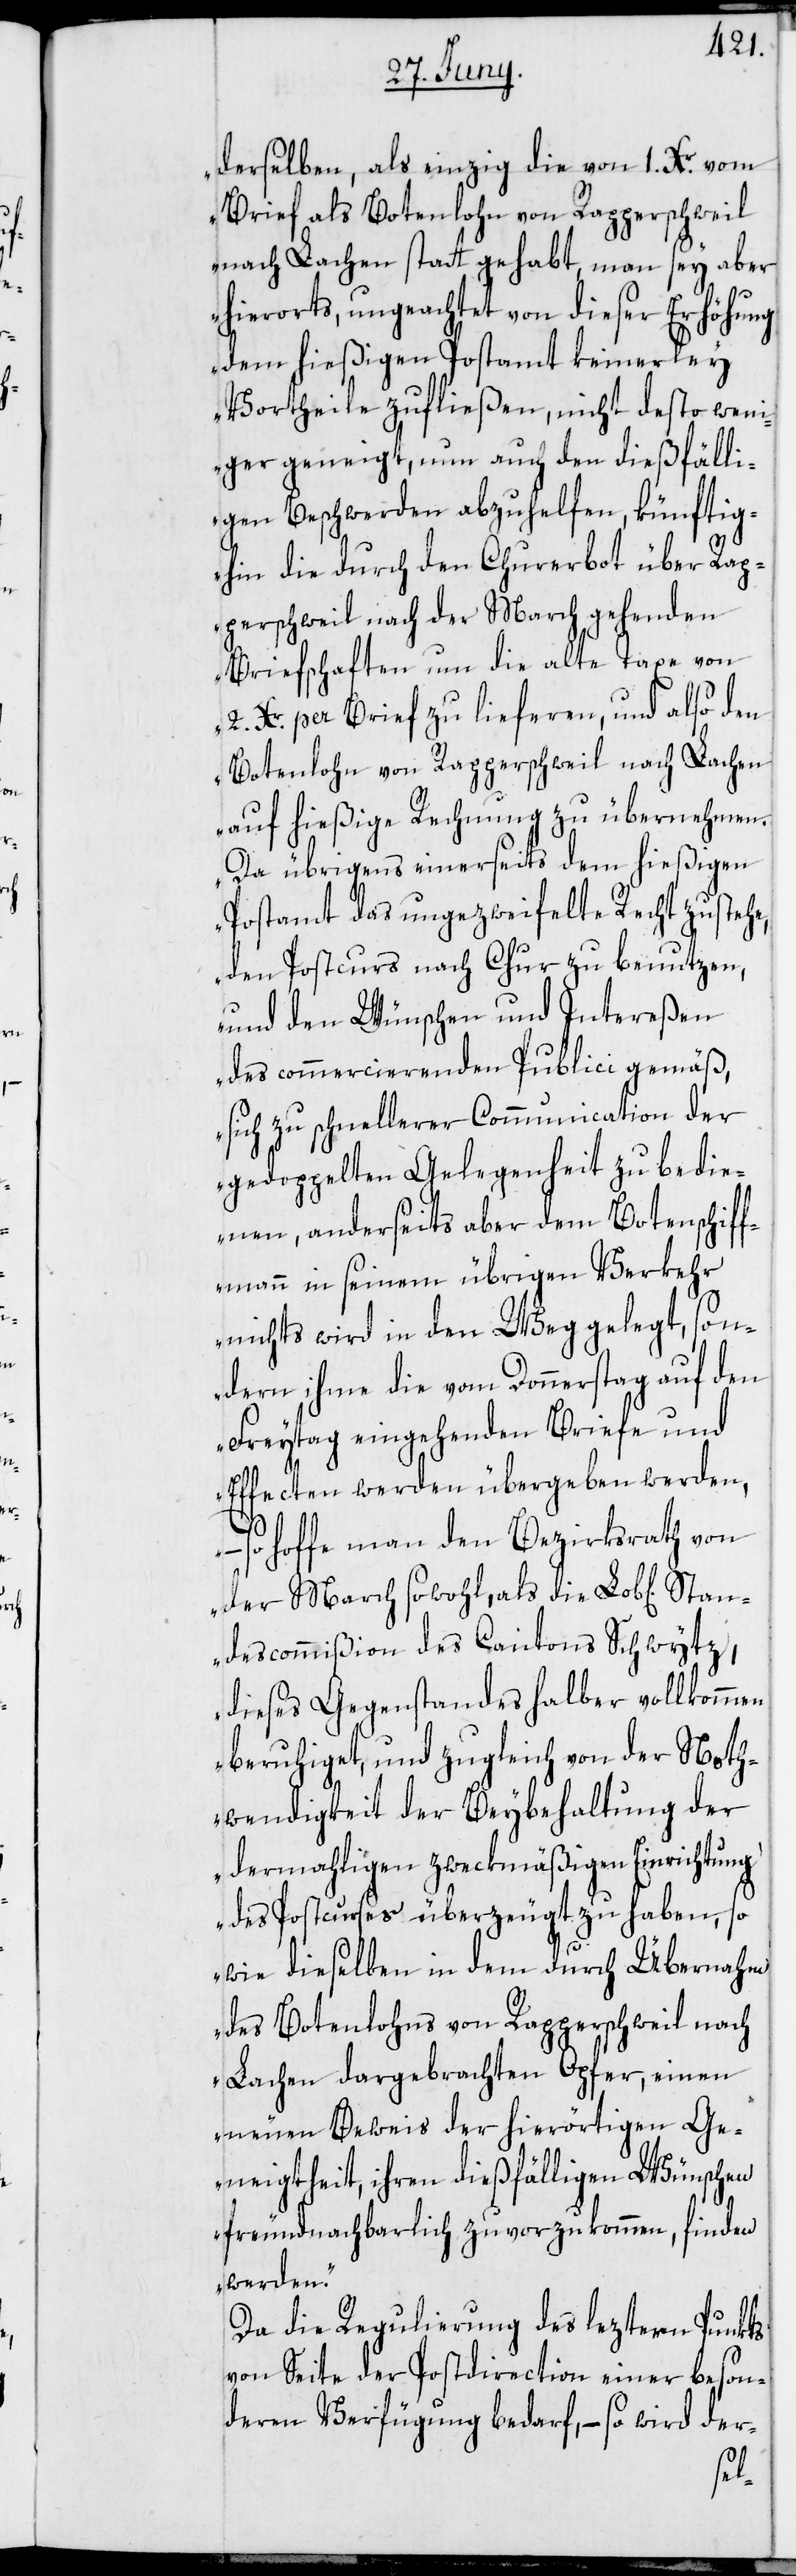
derselben, als einzig die von 1. Xr. vom
Brief als Botenlohn von Rapperschweil
nach Lachen statt gehabt, man sey aber
Sta¬
hierorts, ungeachtet von dieser Erhöhung
dem hießigen Postamt keinerley
Vortheile zufließen, nicht desto wen¬
iger geneigt, nun auch den dießfälli¬
gen Beschwerden abzuhelfen, künftig¬
hin die durch den Churerbot über Ra¬
pperschweil nach der March gehenden
Briefschaften um die alte Taxe von
2. Xr. per Brief zu lieferen, und also den
Botenlohn von Rapperschweil nach Lachen
auf hießige Rechnung zu übernehmen.
Da übrigens einerseits dem hießigen
Postamt das ungezweifelte Recht zustehe,
den Postcurs nach Chur zu benutzen,
und den Wünschen und Intereßen
des commercierenden Publici gemäß,
sich zu schnellerer Communication der
gedoppelten Gelegenheit zu bedie¬
nen, anderseits aber dem Botenschif¬
fmann in seinem übrigen Verkehr
nichts wird in den Weg gelegt, son¬
dern ihme die vom Donnerstag auf den
Freytag eingehenden Briefe und
Effecten werden übergeben werden,
–
so hoffe man den Bezirksrath von
der March sowohl, als die Lob[liche]
ndescommißion des Cantons Schwytz,
dieses Gegenstandes halber vollkommen
beruhiget, und zugleich von der Noth¬
wendigkeit der Beybehaltung der
dermahligen zweckmäßigen Einrichtung
des Postcurses überzeugt zu haben, so
wie dieselben in dem durch Übernahme
des Botenlohns von Rapperschweil nach
Lachen dargebrachten Opfer, einen
neuen Beweis der hierörtigen Ge¬
neigtheit, ihren dießfälligen Wünschen
freundnachbarlich zuvorzukommen, finden
werden.“
Da die Regulierung des leztern Punkts
von Seite der Postdirection einer beson¬
deren Verfügung bedarf, – so wird der-